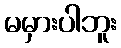
မမှားပါဘူး